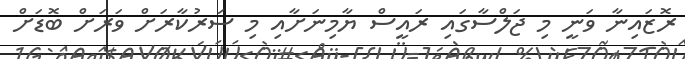
ރޮޒައިނާ ވަނީ މި ޖަލްސާގައި ރައީސް ޔާމިނަށާއި މި ސަރުކާރަށް ވަރަށް ބޮޑަށް